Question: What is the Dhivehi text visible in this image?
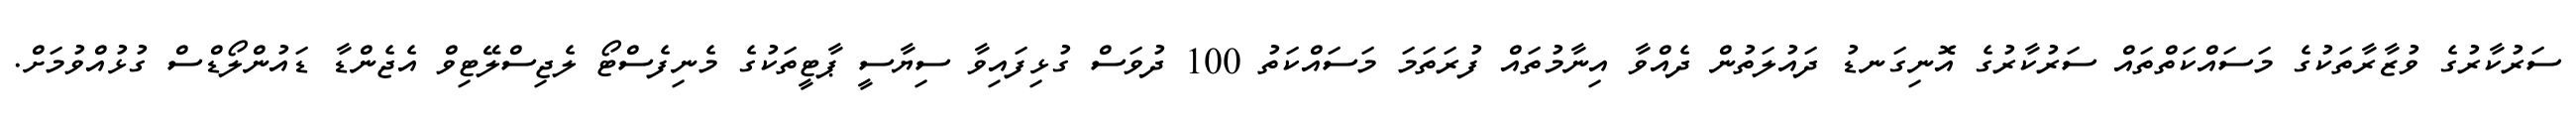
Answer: ސަރުކާރުގެ ވުޒާރާތަކުގެ މަސައްކަތްތައް ސަރުކާރުގެ އޮނިގަނޑު ދައުލަތުން ދެއްވާ އިނާމުތައް ފުރަތަމަ މަސައްކަތު 100 ދުވަސް ގުޅިފައިވާ ސިޔާސީ ޕާޓީތަކުގެ މެނިފެސްޓޯ ލެޖިސްލޭޓިވް އެޖެންޑާ ޑައުންލޯޑްސް ގުޅުއްވުމަށް.